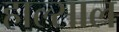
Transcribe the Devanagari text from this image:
हाल्साल